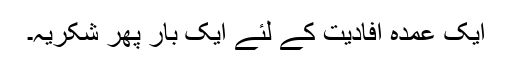
ایک عمدہ افادیت کے لئے ایک بار پھر شکریہ۔